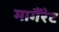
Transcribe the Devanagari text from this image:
मागैंरेट